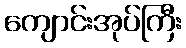
ကျောင်းအုပ်ကြီး